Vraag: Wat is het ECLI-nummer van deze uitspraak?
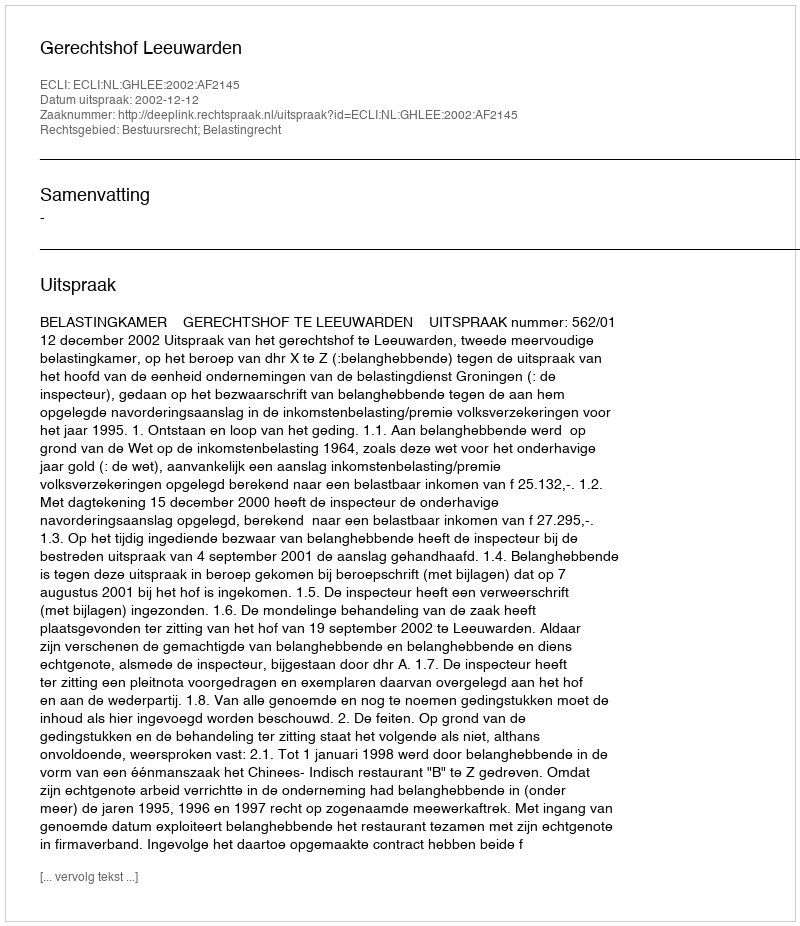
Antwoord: ECLI:NL:GHLEE:2002:AF2145